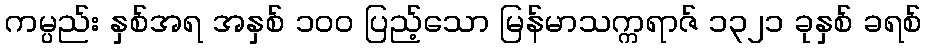
ကမ္ပည်း နှစ်အရ အနှစ် ၁၀၀ ပြည့်သော မြန်မာသက္ကရာဇ် ၁၃၂၁ ခုနှစ် ခရစ်